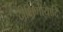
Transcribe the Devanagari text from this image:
दीक्षिणीयादि